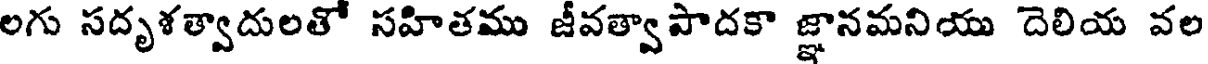
లగు సదృళత్వాదులతో సహితము జీవత్వాపాదకా జ్ఞానమనియు దెలియ వల